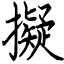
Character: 擬